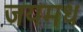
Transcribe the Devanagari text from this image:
जयमध